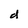
Character: d